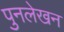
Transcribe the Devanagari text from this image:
पुनलेखन